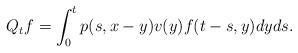
LaTeX: \begin{align*}Q_tf=\int_0^t p(s,x-y)v(y)f(t-s,y)dyds.\end{align*}